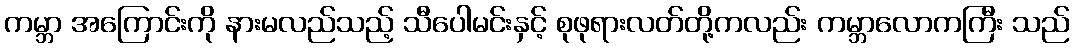
ကမ္ဘာ အကြောင်းကို နားမလည်သည့် သီပေါမင်းနှင့် စုဖုရားလတ်တို့ကလည်း ကမ္ဘာလောကကြီး သည်